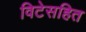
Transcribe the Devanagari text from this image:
विटेसहित